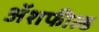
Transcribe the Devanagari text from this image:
ॲशफील्ड